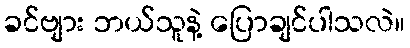
ခင်ဗျား ဘယ်သူနဲ့ ပြောချင်ပါသလဲ။